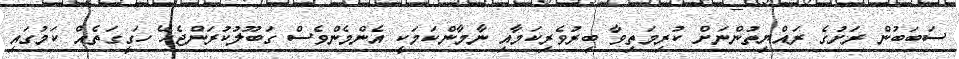
ސަބަބުން ރަށުގެ ރައްޔިތުންނަށް ކުރިމަތިވާ ބިރުވެރިކަމާއި ނާމާންކަމަކީ އެންމެންވެސް ގަބޫލުކުރަންޖެހޭ ހަގީގަތެއް ކަމުގައި